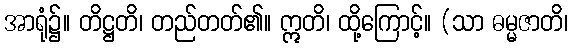
အာရုံ၌။ တိဋ္ဌတိ၊ တည်တတ်၏။ ဣတိ၊ ထို့ကြောင့်။ (သာ ဓမ္မဇာတိ၊